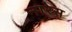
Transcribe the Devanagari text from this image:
नारेस